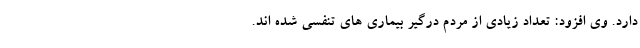
دارد. وی افزود: تعداد زیادی از مردم درگیر بیماری های تنفسی شده اند.